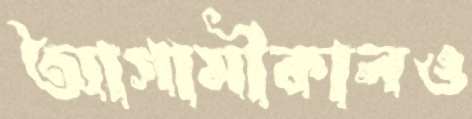
আগামীকালও